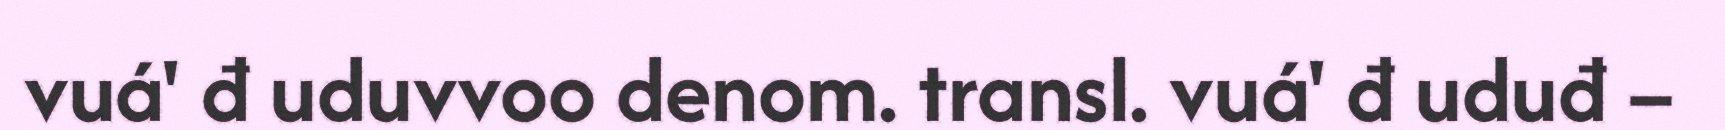
vuá' đ uduvvoo denom. transl. vuá' đ uduđ –